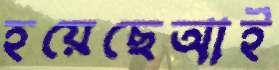
হয়েছেআই